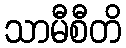
သာမီစီတိ